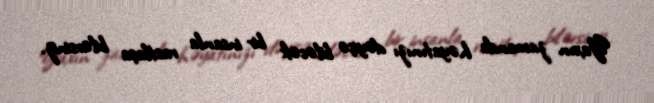
Yaxın zamanda həyatınızı dəyişə biləcək bir insanla rastlaşa bilərsiniz.